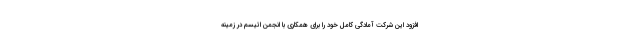
افزود این شرکت آمادگی کامل خود را برای همکاری با انجمن اتیسم در زمینه